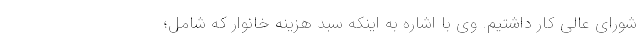
شورای عالی کار داشتیم. وی با اشاره به اینکه سبد هزینه خانوار که شامل؛